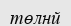
төлнй